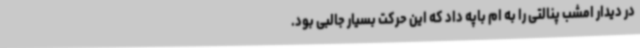
در دیدار امشب پنالتی را به ام باپه داد که این حرکت بسیار جالبی بود.